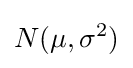
N(\mu ,\sigma ^{2})